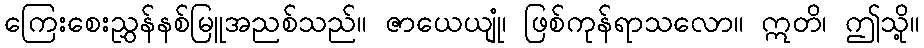
ကြေးစေးညွှန်နစ်မြူအညစ်သည်။ ဇာယေယျုံ၊ ဖြစ်ကုန်ရာသလော။ ဣတိ၊ ဤသို့။